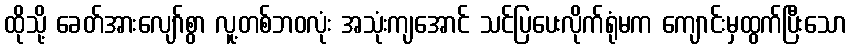
ထိုသို့ ခေတ်အားလျော်စွာ လူ့တစ်ဘဝလုံး အသုံးကျအောင် သင်ပြပေးလိုက်ရုံမက ကျောင်းမှထွက်ပြီးသော